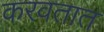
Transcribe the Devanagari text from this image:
करवतात